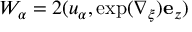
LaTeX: W _ { \alpha } = 2 ( u _ { \alpha } , \exp ( \nabla _ { \xi } ) { \bf e } _ { z } )